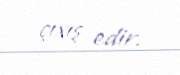
çıxış edir.